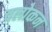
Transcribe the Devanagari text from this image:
वलोकन